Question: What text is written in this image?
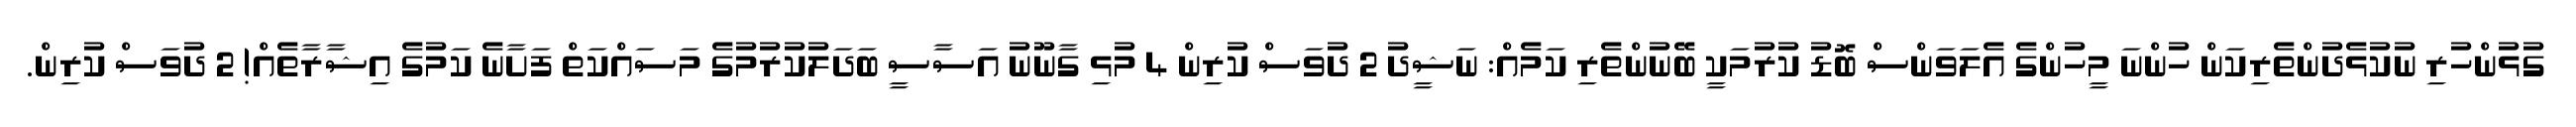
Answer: ގުޅުންހުރި ނުކުޅެދުންތެރިކަން ހުންނަ މީހުންގެ އެލަވަންސް ބޮޑު ކުރުމަކީ ބޭނުންތެރި ކަމެއް: ނަޝީދު 2 ދުވަސް ކުރިން 4 މުޅި ގާނޫނު އަސާސީ ބަދަލުކުރުމުގެ މަސައްކަތް ފަށާނެ ކަމުގެ އިޝާރާތެއް! 2 ދުވަސް ކުރިން.